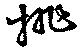
排